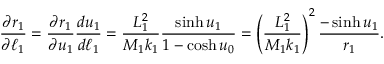
\frac { \partial r _ { 1 } } { \partial \ell _ { 1 } } = \frac { \partial r _ { 1 } } { \partial u _ { 1 } } \frac { d u _ { 1 } } { d \ell _ { 1 } } = \frac { L _ { 1 } ^ { 2 } } { M _ { 1 } k _ { 1 } } \frac { \sinh u _ { 1 } } { 1 - \cosh u _ { 0 } } = \left( \frac { L _ { 1 } ^ { 2 } } { M _ { 1 } k _ { 1 } } \right) ^ { 2 } \frac { - \sinh u _ { 1 } } { r _ { 1 } } .